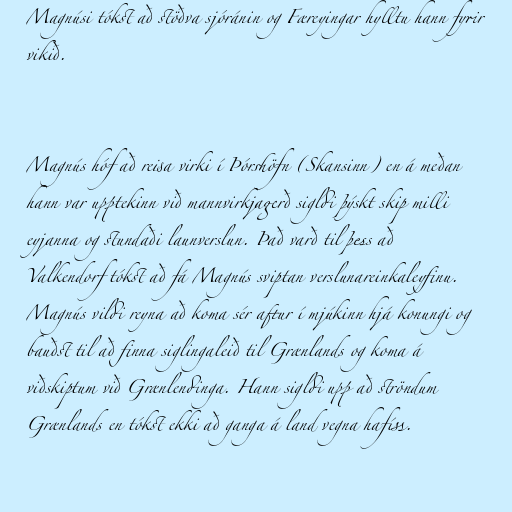
Magnúsi tókst að stöðva sjóránin og Færeyingar hylltu hann fyrir
vikið.

Magnús hóf að reisa virki í Þórshöfn (Skansinn) en á meðan
hann var upptekinn við mannvirkjagerð sigldi þýskt skip milli
eyjanna og stundaði launverslun. Það varð til þess að
Valkendorf tókst að fá Magnús sviptan verslunareinkaleyfinu.
Magnús vildi reyna að koma sér aftur í mjúkinn hjá konungi og
bauðst til að finna siglingaleið til Grænlands og koma á
viðskiptum við Grænlendinga. Hann sigldi upp að ströndum
Grænlands en tókst ekki að ganga á land vegna hafíss.